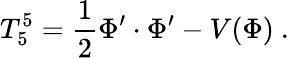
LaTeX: T_{5}^{5}={\frac{1}{2}}\Phi^{\prime}\cdot\Phi^{\prime}-V(\Phi)~.